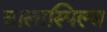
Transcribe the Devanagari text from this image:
सालास्पिल्स